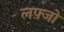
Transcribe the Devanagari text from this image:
लफ़्जो